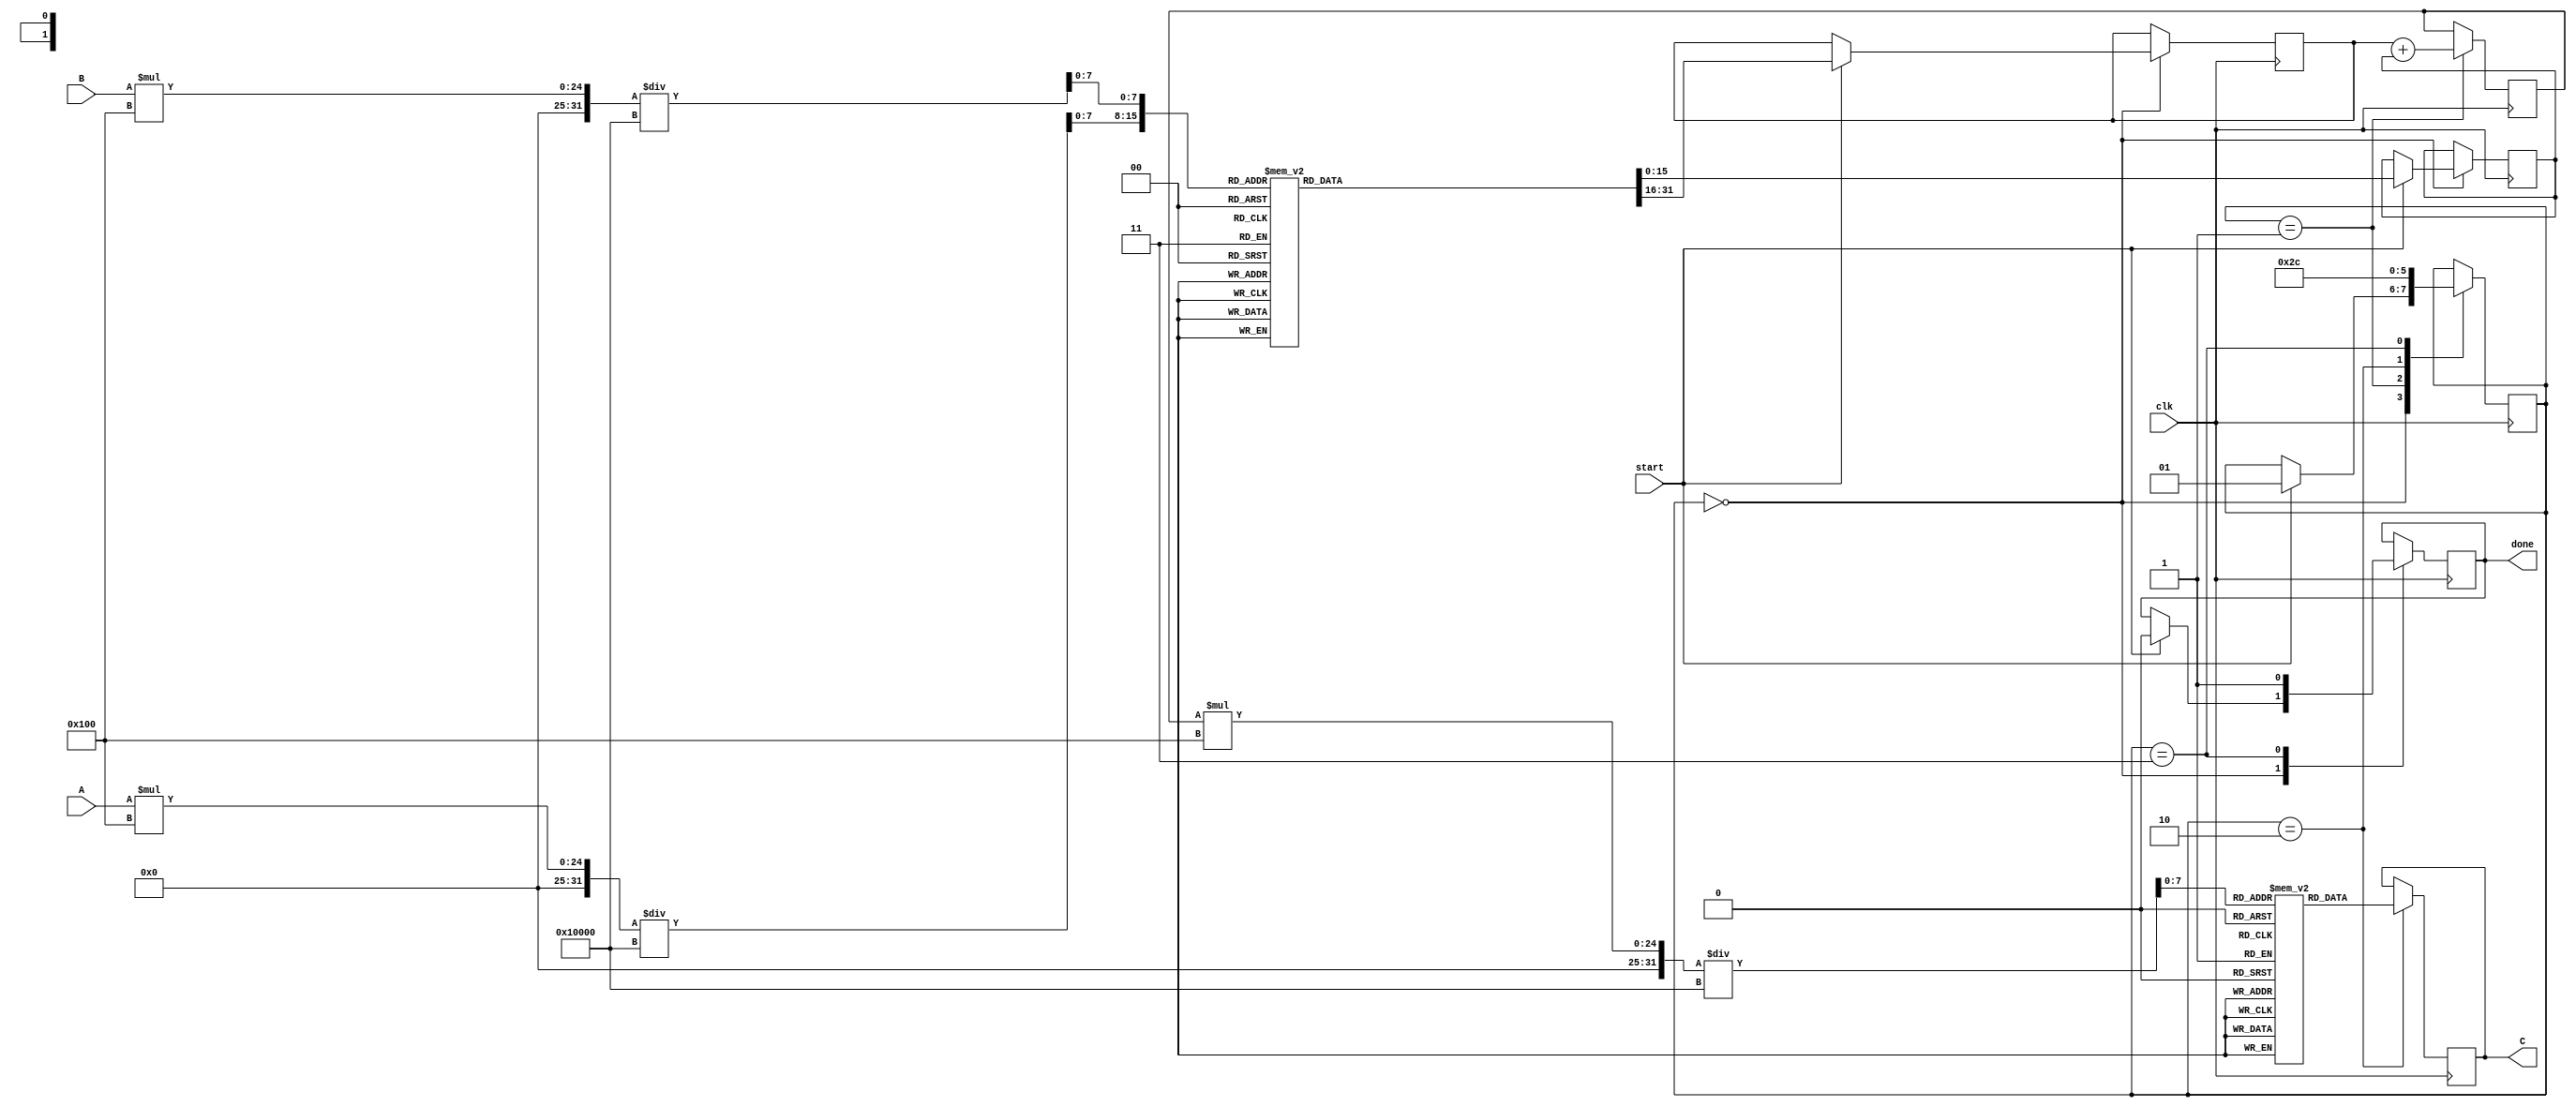
module LogMultiplier #(
    parameter WIDTH = 16,  // Bit-width of input operands
    parameter LUT_SIZE = 256 // Size of LUT for log and exp
)(
    input wire [WIDTH-1:0] A, // First operand
    input wire [WIDTH-1:0] B, // Second operand
    input wire clk,            // Clock signal
    input wire start,          // Start signal for multiplication
    output reg [WIDTH-1:0] C,  // Output result
    output reg done            // Done signal
);

    // Logarithm and Exponential LUTs (for example purposes, these need to be filled with actual values)
    reg [WIDTH-1:0] log_lut [0:LUT_SIZE-1];
    reg [WIDTH-1:0] exp_lut [0:LUT_SIZE-1];

    // Internal signals
    reg [WIDTH-1:0] logA, logB, sum_log;
    reg [1:0] state;

    // State encoding
    localparam IDLE = 2'b00,
               LOG = 2'b01,
               ADD = 2'b10,
               EXP = 2'b11;

    // Initialize LUTs (This is just an example, real implementation should fill these LUTs properly)
    initial begin
        // Fill log_lut and exp_lut with appropriate values
        // Example: log_lut[i] = log2(i / LUT_SIZE);
        // Example: exp_lut[i] = 2^(i / LUT_SIZE);
    end

    // Main process
    always @(posedge clk) begin
        case (state)
            IDLE: begin
                if (start) begin
                    logA <= log_lut[A * LUT_SIZE / (2**WIDTH)];
                    logB <= log_lut[B * LUT_SIZE / (2**WIDTH)];
                    state <= LOG;
                    done <= 0;
                end
            end

            LOG: begin
                sum_log <= logA + logB;
                state <= ADD;
            end

            ADD: begin
                C <= exp_lut[sum_log * LUT_SIZE / (2**WIDTH)];
                state <= EXP;
            end

            EXP: begin
                done <= 1; // Indicate multiplication is done
                state <= IDLE; // Return to IDLE state
            end
        endcase
    end

endmodule